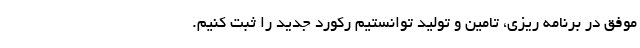
موفق در برنامه ریزی، تامین و تولید توانستیم رکورد جدید را ثبت کنیم.